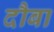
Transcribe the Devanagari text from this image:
दौबा